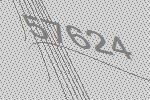
57624